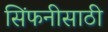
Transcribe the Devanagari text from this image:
सिंफनीसाठी